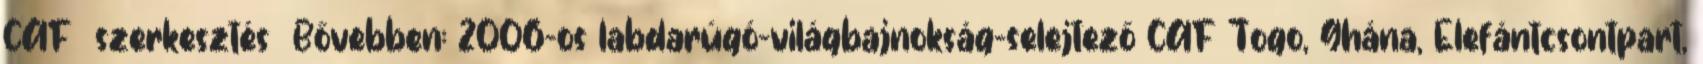
CAF szerkesztés Bővebben: 2006-os labdarúgó-világbajnokság-selejtező CAF Togo, Ghána, Elefántcsontpart,